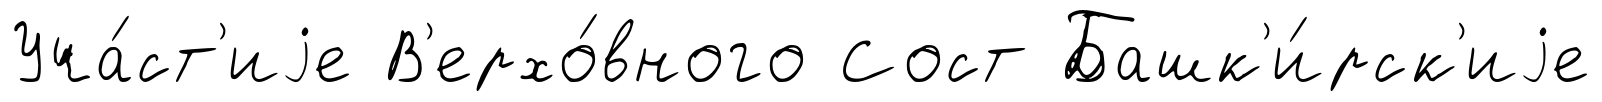
Уча́ст'иjе В'ерхо́вного Сост Башк'и́рск'иjе